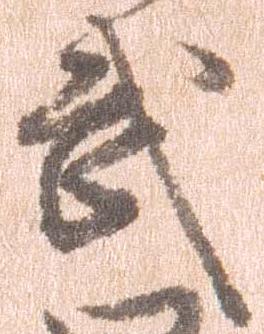
武